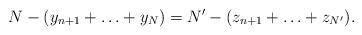
LaTeX: \begin{align*} N-(y_{n+1}+\ldots+y_N)=N'-(z_{n+1}+\ldots+z_{N'}).\end{align*}